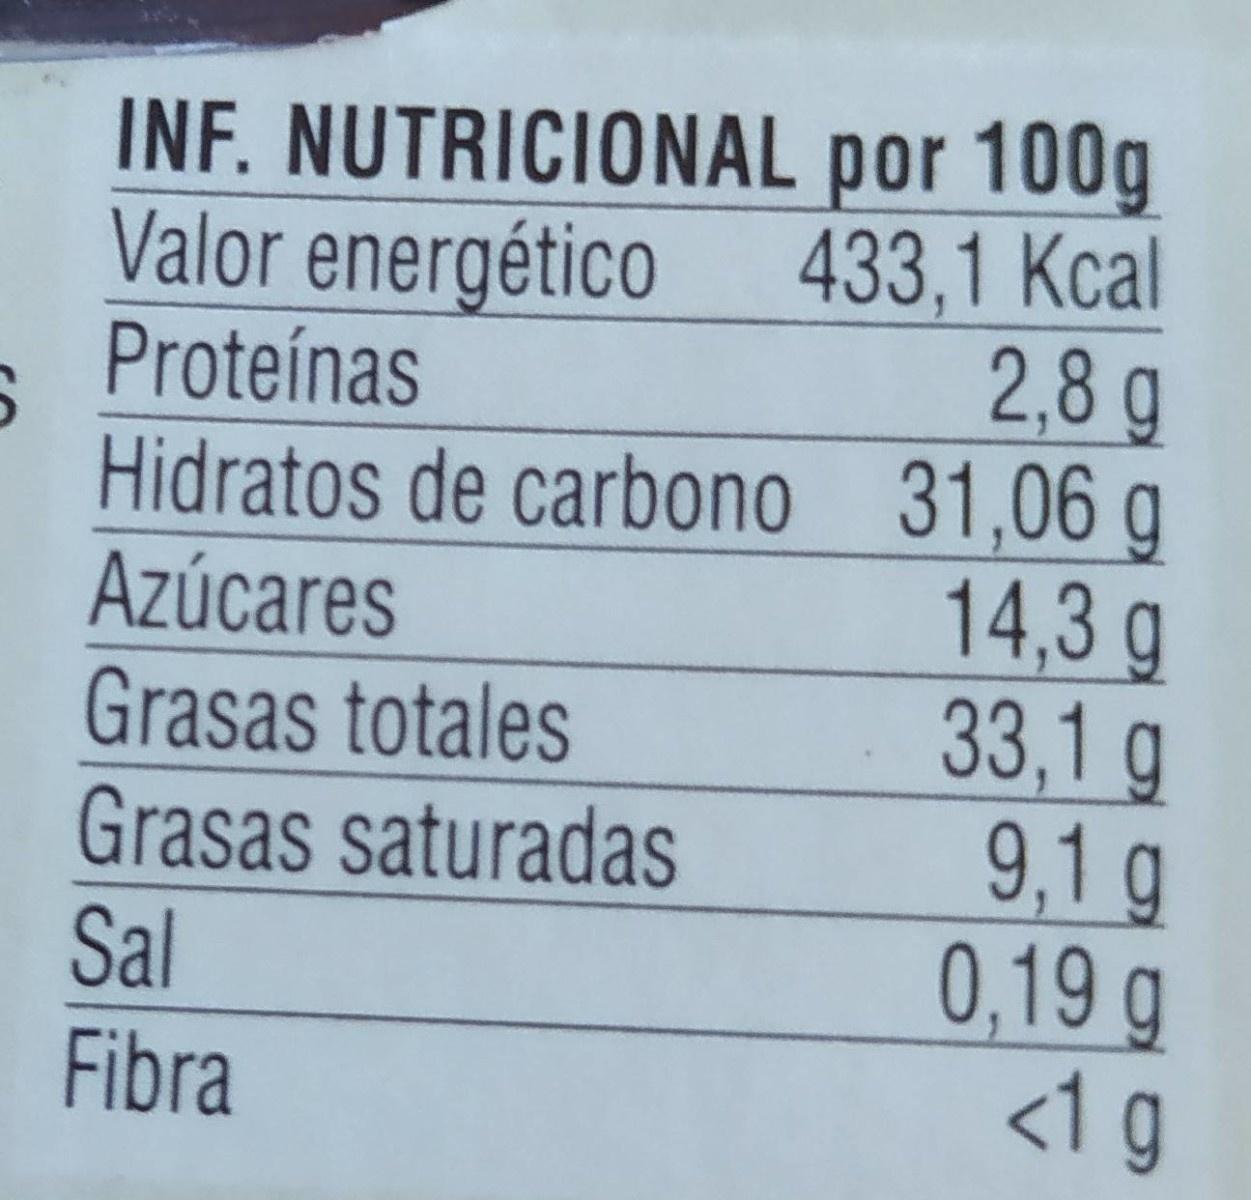
INF. NUTRICIONAL por 100g Valor energético Proteínas
433,1 Kcal 2,8g
Hidratos de carbono 31,06 g Azúcares Grasas totales Grasas saturadas Sal Fibra
14,3 g 33,1 g 9,1 g 0,19g <1g